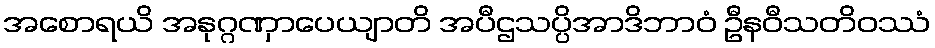
အစောရယိ အနုဂ္ဂဏှာပေယျာတိ အပီဌသပ္ပိအာဒိဘာဝံ ဦနဝီသတိဝဿံ